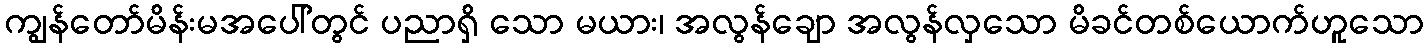
ကျွန်တော်မိန်းမအပေါ်တွင် ပညာရှိ သော မယား၊ အလွန်ချော အလွန်လှသော မိခင်တစ်ယောက်ဟူသော